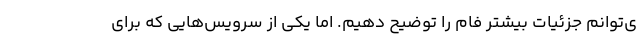
ی‌توانم جزئیات بیشتر فام را توضیح دهیم. اما یکی از سرویس‌هایی که برای